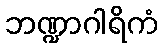
ဘဏ္ဍာဂါရိကံ